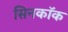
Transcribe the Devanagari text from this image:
सिनकॉक